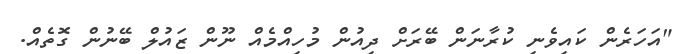
"އަހަރެން ކައިވެނި ކުރާނަން ބޭރަށް ދިއުން މުހިއްމެއް ނޫން ޒައުލް ބޭނުން ގޮތެއް.